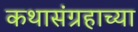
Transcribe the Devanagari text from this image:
कथासंग्रहाच्या